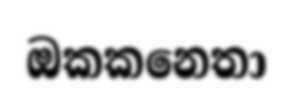
ඔකකනෙතා